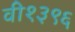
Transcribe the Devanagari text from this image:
वी१३९६